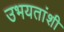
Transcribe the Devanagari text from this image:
उभयतांशी